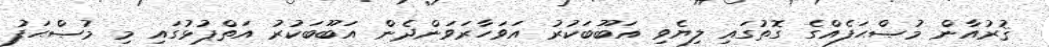
ޤުރުއާން މުޞްޙަފެއްގެ ގޮތުގައި ލިޔެވި އަބޫބަކުރު އަވަހާރަވަންދެން އަބޫބަކުރު އަތްޕުޅުގައި މި މުޞްޙަފު